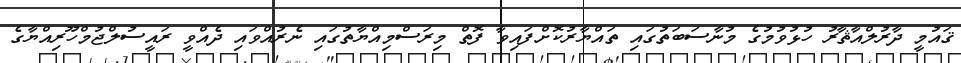
ޤައުމީ ދާރުލްއާޘާރު ހުޅުވުމުގެ މުނާސަބަތުގައި ތައްޔާރުކޮށްފައިވާ ފޮތް މިރަސްމިއްޔާތުގައި ނެރުއްވައި ދެއްވީ ރައީސުލްޖުމްހޫރިއްޔާގެ